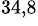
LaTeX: ^{34,8}